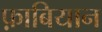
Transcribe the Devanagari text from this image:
फ़ाबियान